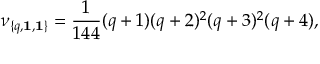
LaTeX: \nu _ { \{ q , { \bf 1 } , { \bf 1 } \} } = { \frac { 1 } { 1 4 4 } } ( q + 1 ) ( q + 2 ) ^ { 2 } ( q + 3 ) ^ { 2 } ( q + 4 ) ,